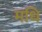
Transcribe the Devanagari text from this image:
मधि